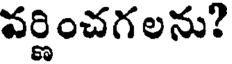
వర్ణించగలను?